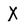
Character: X